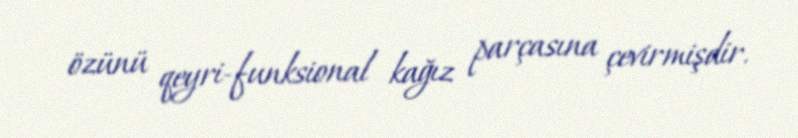
özünü qeyri-funksional kağız parçasına çevirmişdir.